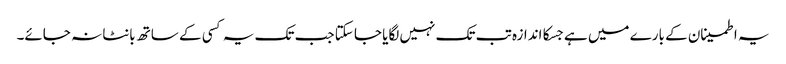
یہ اطمینان کے بارے میں ہے جسکا اندازہ تب تک نہیں لگایا جا سکتا جب تک یہ کسی کے ساتھ بانٹا نہ جائے۔